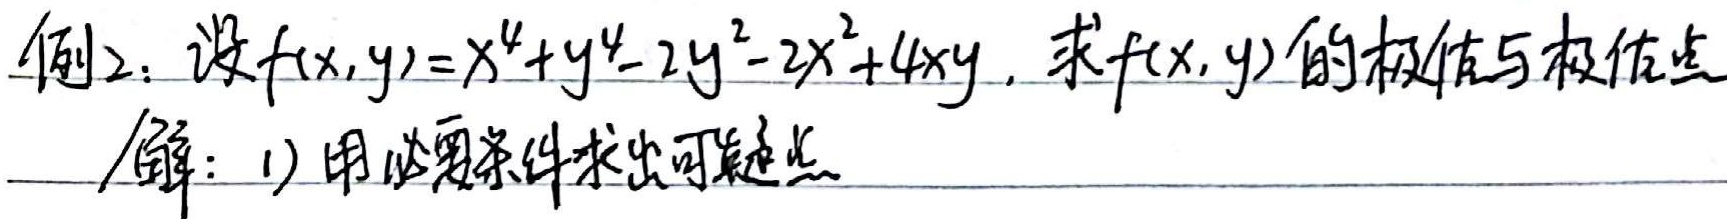
例2：设\(f(x,y)=x^{4}+y^{4}-2y^{2}-2x^{2}+4xy\)，求\(f(x,y)\)的极值与极值点。

解：1) 用必要条件求出可疑点。